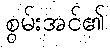
စွမ်းအင်၏